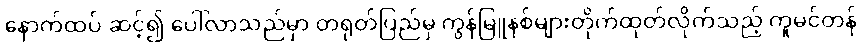
နောက်ထပ် ဆင့်၍ ပေါ်လာသည်မှာ တရုတ်ပြည်မှ ကွန်မြူနစ်များတိုက်ထုတ်လိုက်သည့် ကူမင်တန်